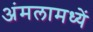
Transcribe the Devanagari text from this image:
अंमलामध्यें